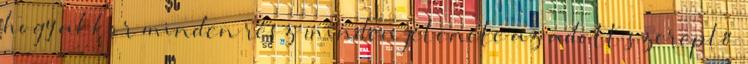
hogy akkor minden rész minden jelenete az adott szereplő